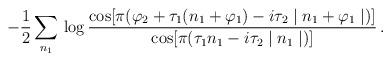
LaTeX: \begin{align*}-\frac{1}{2} \sum_{n_1}\, \log \frac{\cos [ \pi ( \varphi_2 + \tau_1(n_1 + \varphi_1) - i \tau_2 \mid n_1 +\varphi_1 \mid )]}{\cos [ \pi (\tau_1n_1 - i \tau_2 \mid n_1 \mid )]} \,.\end{align*}